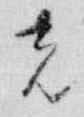
者